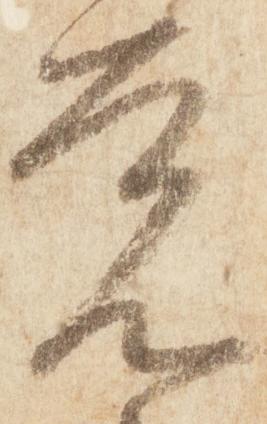
覚